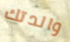
والدتك